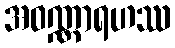
အဝဏ္ဏာရဟဿ